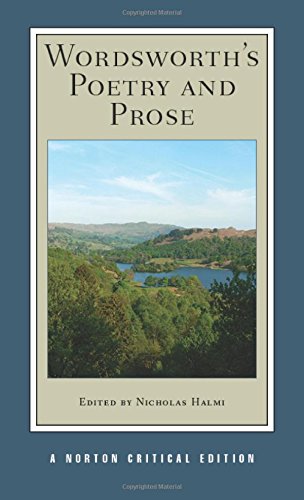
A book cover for Wordsworth's Poetry and Prose (Norton Critical Editions); William Wordsworth; Literature & Fiction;